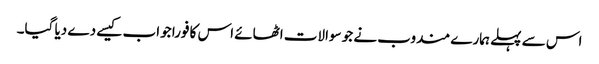
اس سے پہلے ہمارے مندوب نے جو سوالات اٹھائے اس کا فورا جواب کیسے دے دیا گیا۔